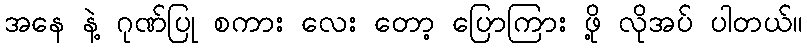
အနေ နဲ့ ဂုဏ်ပြု စကား လေး တော့ ပြောကြား ဖို့ လိုအပ် ပါတယ်။